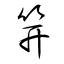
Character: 笄